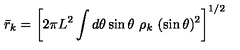
{ \bar { r } _ { k } } = \left[ 2 \pi L ^ { 2 } \int d \theta \sin { \theta } \ \rho _ { k } \ ( \sin \theta ) ^ { 2 } \right] ^ { 1 / 2 }